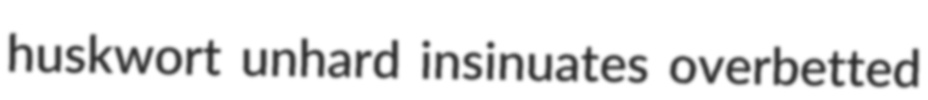
huskwort unhard insinuates overbetted